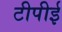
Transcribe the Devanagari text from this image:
टीपीई